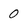
Character: 0